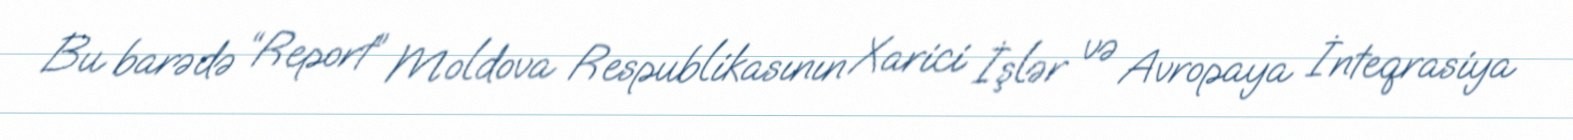
Bu barədə “Report” Moldova Respublikasının Xarici İşlər və Avropaya İnteqrasiya